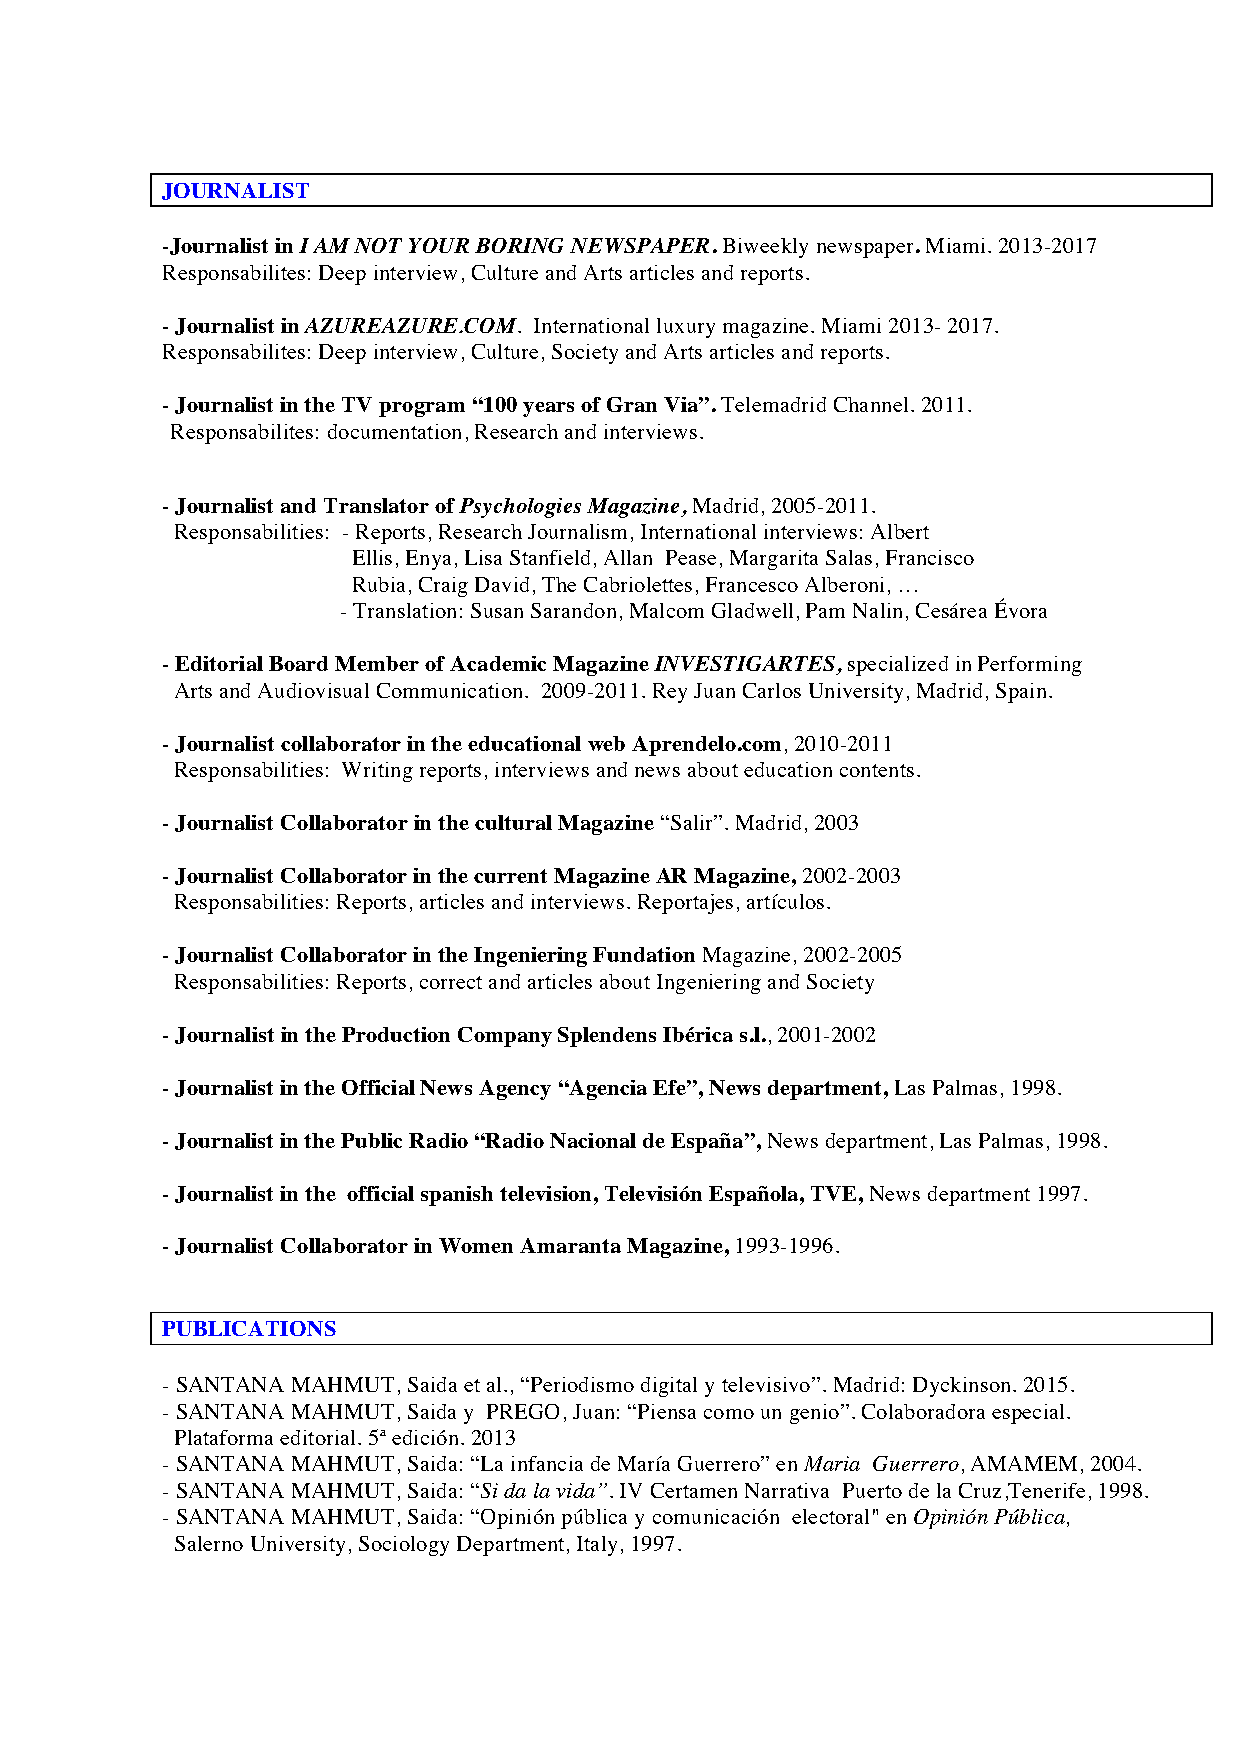
JOURNALIST
 -Journalist in I AM NOT YOUR BORING NEWSPAPER. Biweekly newspaper. Miami. 2013-2017
 Responsabilites: Deep interview, Culture and Arts articles and reports.
 - Journalist in AZUREAZURE.COM. International luxury magazine. Miami 2013- 2017.
 Responsabilites: Deep interview, Culture, Society and Arts articles and reports.
 - Journalist in the TV program “100 years of Gran Via”. Telemadrid Channel. 2011.
 Responsabilites: documentation, Research and interviews.
 - Journalist and Translator of Psychologies Magazine, Madrid, 2005-2011.
 Responsabilities: - Reports, Research Journalism, International interviews: Albert
 Ellis, Enya, Lisa Stanfield, Allan Pease, Margarita Salas, Francisco
 Rubia, Craig David, The Cabriolettes, Francesco Alberoni, …
 - Translation: Susan Sarandon, Malcom Gladwell, Pam Nalin, Cesárea Évora
 - Editorial Board Member of Academic Magazine INVESTIGARTES, specialized in Performing
 Arts and Audiovisual Communication. 2009-2011. Rey Juan Carlos University, Madrid, Spain.
 - Journalist collaborator in the educational web Aprendelo.com, 2010-2011
 Responsabilities: Writing reports, interviews and news about education contents.
 - Journalist Collaborator in the cultural Magazine “Salir”. Madrid, 2003
 - Journalist Collaborator in the current Magazine AR Magazine, 2002-2003
 Responsabilities: Reports, articles and interviews. Reportajes, artículos.
 - Journalist Collaborator in the Ingeniering Fundation Magazine, 2002-2005
 Responsabilities: Reports, correct and articles about Ingeniering and Society
 - Journalist in the Production Company Splendens Ibérica s.l., 2001-2002
 - Journalist in the Official News Agency “Agencia Efe”, News department, Las Palmas, 1998.
 - Journalist in the Public Radio “Radio Nacional de España”, News department, Las Palmas, 1998.
 - Journalist in the official spanish television, Televisión Española, TVE, News department 1997.
 - Journalist Collaborator in Women Amaranta Magazine, 1993-1996.
 PUBLICATIONS
 - SANTANA MAHMUT, Saida et al., “Periodismo digital y televisivo”. Madrid: Dyckinson. 2015.
 - SANTANA MAHMUT, Saida y PREGO, Juan: “Piensa como un genio”. Colaboradora especial.
 Plataforma editorial. 5ª edición. 2013
 - SANTANA MAHMUT, Saida: “La infancia de María Guerrero” en Maria Guerrero, AMAMEM, 2004.
 - SANTANA MAHMUT, Saida: “Si da la vida”. IV Certamen Narrativa Puerto de la Cruz,Tenerife, 1998.
 - SANTANA MAHMUT, Saida: “Opinión pública y comunicación electoral" en Opinión Pública,
 Salerno University, Sociology Department, Italy, 1997.